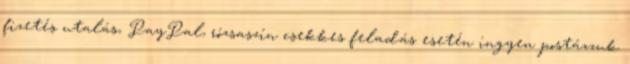
fizetés utalás, PayPal, rózsaszín csekkes feladás esetén ingyen postázzuk